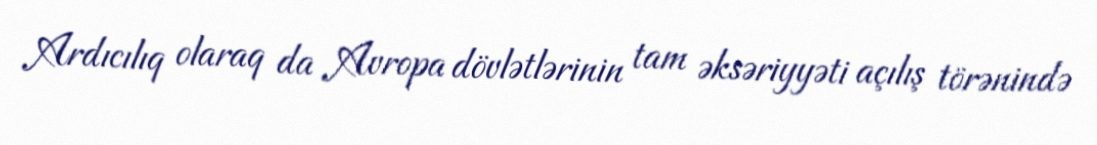
Ardıcılıq olaraq da Avropa dövlətlərinin tam əksəriyyəti açılış törənində